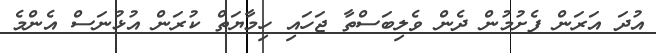
އުދަ އަރަން ފެށުމުން ދެން ވެލިބަސްތާ ޖަހައި ހިމާޔަތް ކުރަން އުޅުނަސް އެންމެ